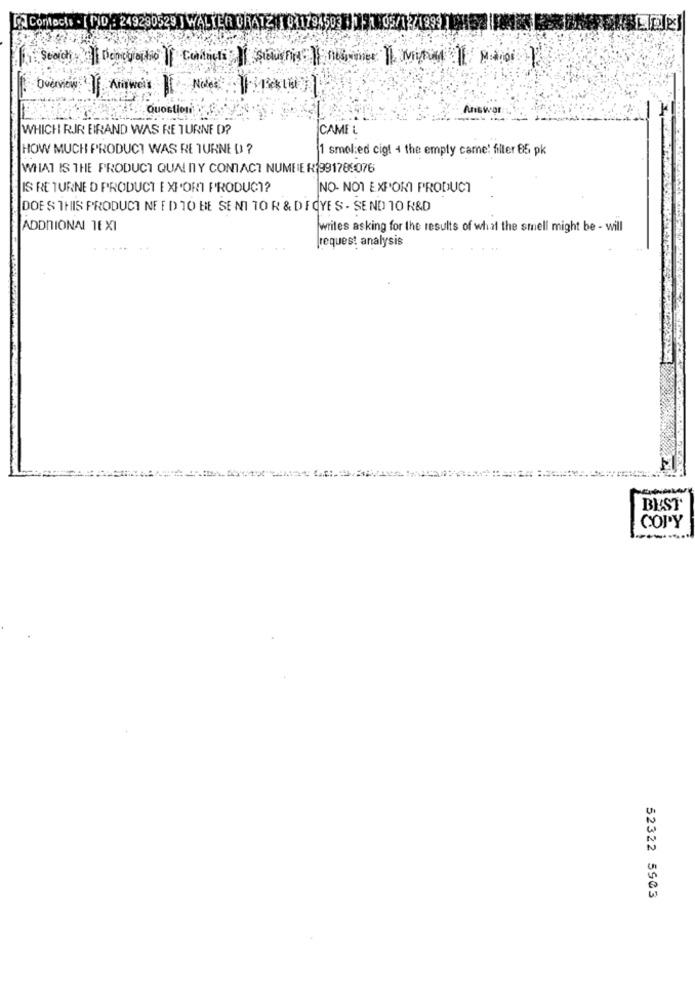
Contacts - [PID: 249290529
TWA
ER CRATZ 1 01
Overview
Question
Answer:
WHICH RJR BIRAND WAS RE TURNE D?
CAMEL
HOW MUCH PRODUCT WAS RE TURNED ?
1 smol:ed cigt 4 the empty came! filler 85 pk
WHAT IS THE PRODUCT QUALITY CONTACT NUMBER 99178:076
IS RE TURNED PRODUCT EXPORT PRODUCT?
NO- NOT EXPORT PRODUCT
DOES THIS PRODUCT NEED TO BE SENT TO R & DFOYES . SEND 10 R&D
ADDITIONAL TEXI
writes asking for the results of what the smell might be - will
[request analysis
BEST
COPY
52322 5903